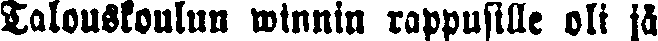
Talouskoulun winnin rappusille oli jä